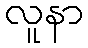
လူနာ